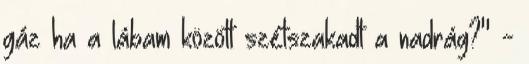
gáz ha a lábam között szétszakadt a nadrág?" -